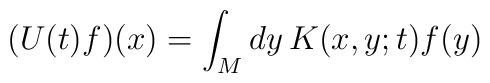
( U(t) f ) (x) = \int_M dy \, K(x,y;t) f(y)